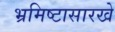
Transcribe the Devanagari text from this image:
भ्रमिष्टासारखे